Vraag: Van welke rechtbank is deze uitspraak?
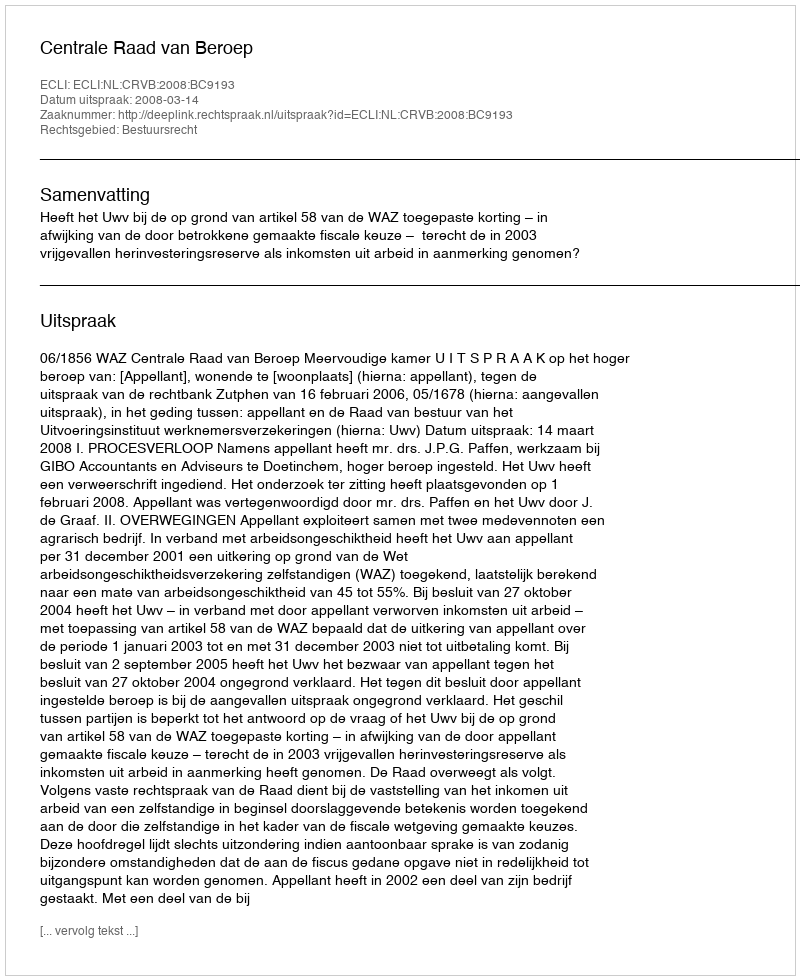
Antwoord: Centrale Raad van Beroep